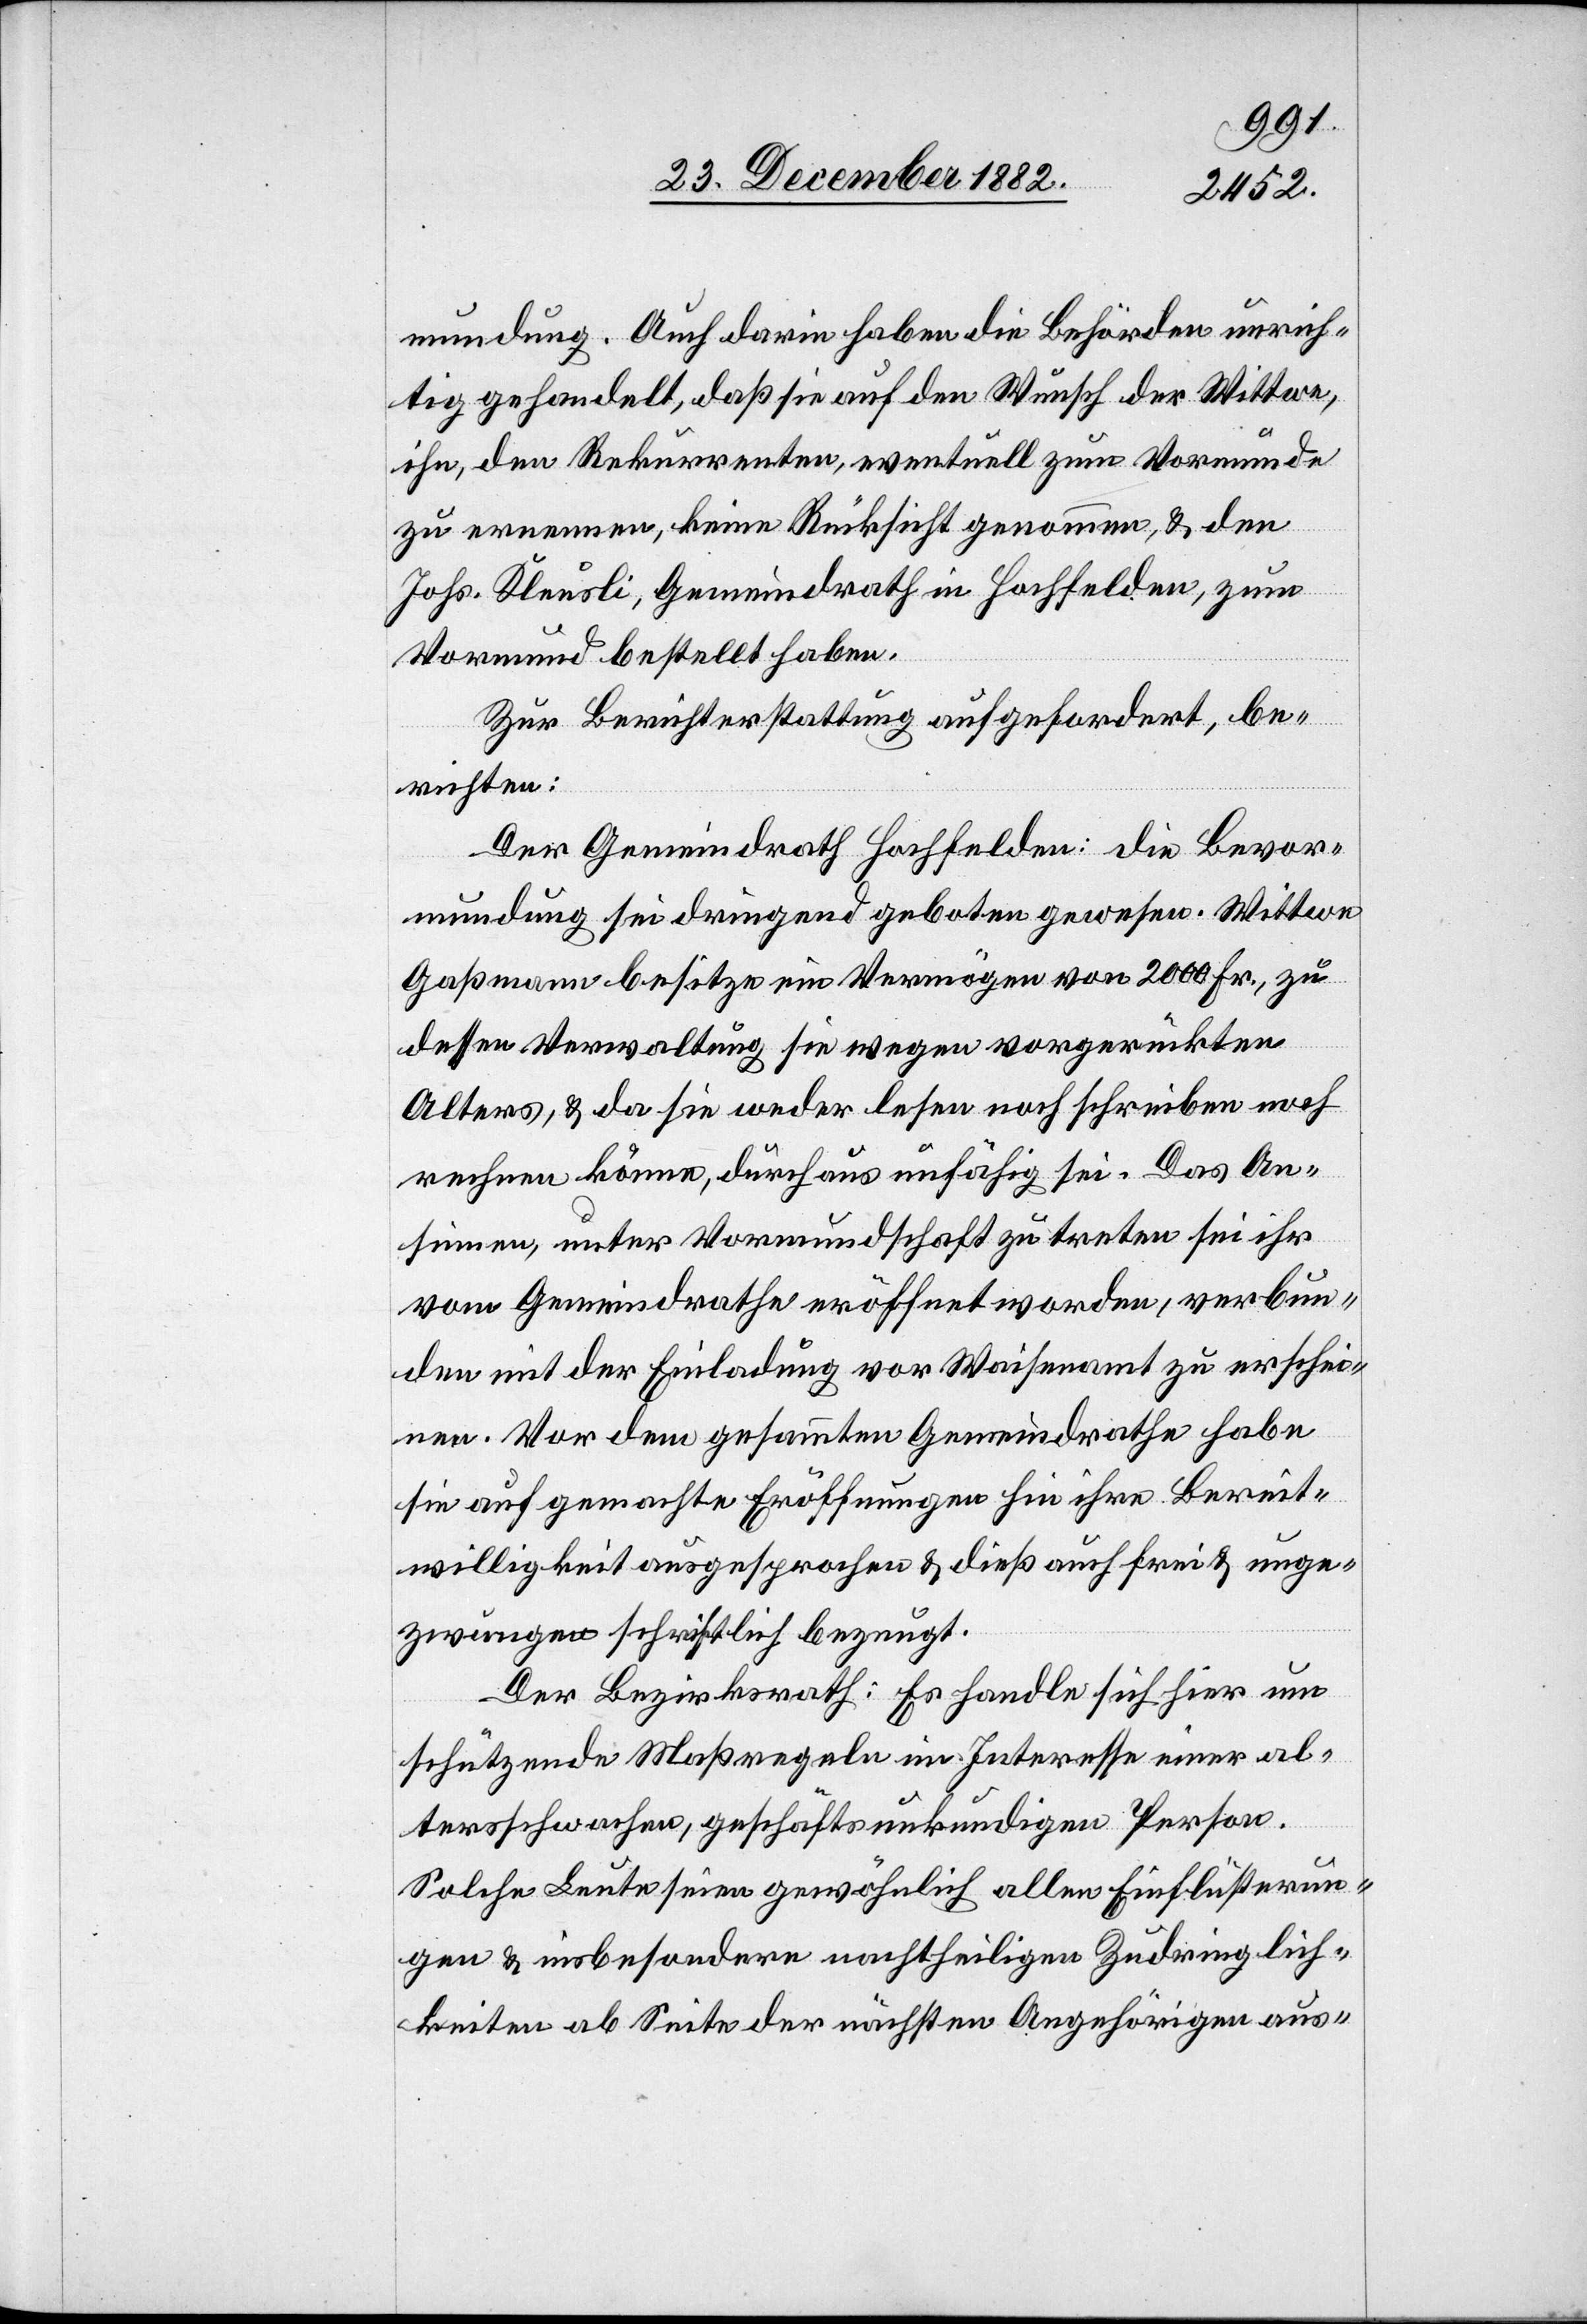
Bevor¬
mundung. Auch darin haben die Behörden unrich¬
tig gehandelt, daß sie auf den Wunsch der Wittwe,
ihn, den Rekurrenten, eventuell zum Vormunde
zu ernennen, keine Rücksicht genommen, & den
Johs. Kleusli, Gemeindrath in Hochfelden, zum
Vormund bestellt haben.
Zur Berichterstattung aufgefordert, be¬
richten:
Der Gemeindrath Hochfelden: die [recte:
mundung sei dringend geboten gewesen. Wittwe
Gaßmann besitze ein Vermögen von 2000 Fr., zu
dessen Verwaltung sie wegen vorgerückten
Alters, & da sie weder lesen noch schrieben noch
rechnen könne, durchaus unfähig sei. Das An¬
sinnen, unter Vormundschaft zu treten sei ihr
vom Gemeindrathe eröffnet worden, verbun¬
den mit der Einladung vor Waisenamt zu erschei¬
nen. Vor dem gesammten Gemeindrathe habe
sie auf gemachte Eröffnungen hin ihre Bereit¬
willigkeit ausgesprochen & dieß auch frei & unge¬
zwungen schriftlich bezeugt.
Der Bezirksrath: Es handle sich hier um
schützende Maßregeln im Interesse einer al¬
tersschwachen, geschäftsunkundigen Person.
Solche Leute seien gewöhnlich allen Einflüsterun¬
gen & insbesondere nachtheiligen Zudringlich¬
keiten ab Seite der nächsten Angehörigen aus-